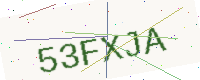
Text: 53FXJA